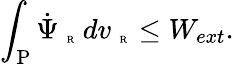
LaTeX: \int_{\mathrm{P}}\dot{\Psi}_{\mathrm{~\tiny~R~}}\, dv_{\mathrm{~\tiny~R~}}\leq W_{ext}.